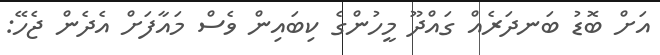
އަށް ބޮޑު ބަނދަރެއް ގައްދޫ މީހުންގެ ކިބައިން ވެސް މައާފަށް އެދެން ޖެހޭ: